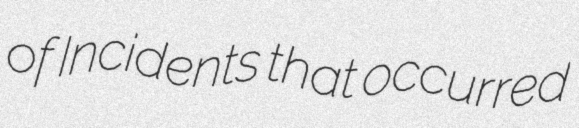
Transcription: of Incidents that occurred